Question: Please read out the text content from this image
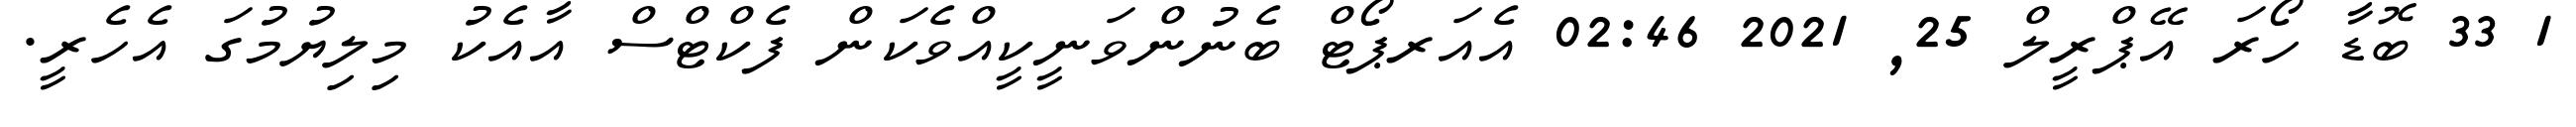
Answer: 1 33 ބޮޑާ ހޯރަ އޭޕްރީލް 25, 2021 02:46 އެއަރޕޯޓް ބެނުންވަނީކީއްވެކަން ފެކްޓްސް އާއެކު މިލިޔުމުގަ އެހެރީ.